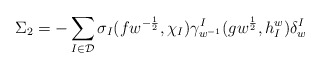
\begin{align*}\Sigma_{2}=-\sum_{I\in\mathcal D}\sigma_{I}(fw^{-\frac12},\chi_{I})\gamma_{w^{-1}}^{I}(gw^{\frac12},h_{I}^{w})\delta_{w}^{I}\end{align*}